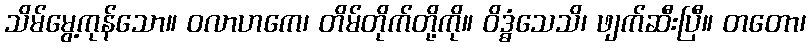
သိမ်မွေ့ကုန်သော။ ဝလာဟကေ၊ တိမ်တိုက်တို့ကို။ ဝိဒ္ဓံသေသိ၊ ဖျက်ဆီးပြီ။ တတော၊